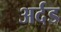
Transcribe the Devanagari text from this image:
अर्दड